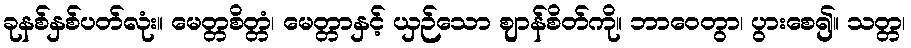
ခုနစ်နှစ်ပတ်လုံး။ မေတ္တစိတ္တံ၊ မေတ္တာနှင့် ယှဉ်သော ဈာန်စိတ်ကို။ ဘာဝေတွာ၊ ပွားစေ၍။ သတ္တ၊